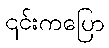
၎င်းကပြော